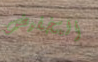
التخفيض